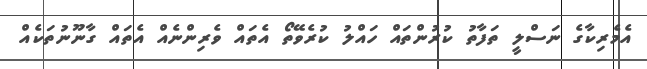
އެމެރިކާގެ ނަސްލީ ތަފާތު ކުރުންތައް ހައްލު ކުރެވޭތޯ އެތައް ވެރިންނެއް އެތައް ގާނޫނުތަކެއް